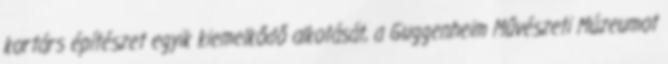
kortárs építészet egyik kiemelkődő alkotását, a Guggenheim Művészeti Múzeumot